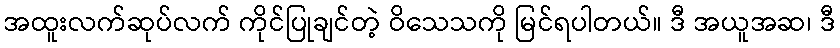
အထူးလက်ဆုပ်လက် ကိုင်ပြုချင်တဲ့ ဝိသေသကို မြင်ရပါတယ်။ ဒီ အယူအဆ၊ ဒီ